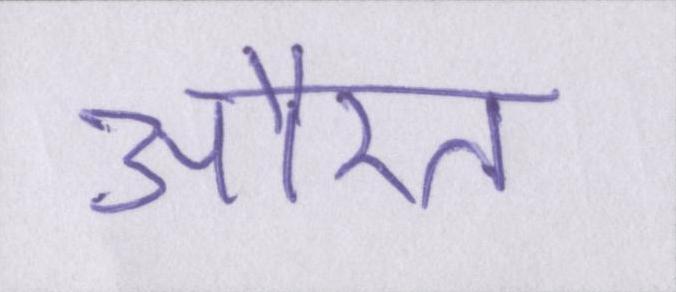
औरत